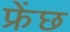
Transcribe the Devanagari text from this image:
फ्रेंछ